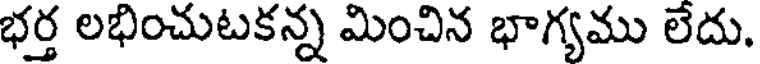
భర్త లభించుటకన్న మించిన భాగ్యము లేదు.